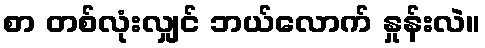
စာ တစ်လုံးလျှင် ဘယ်လောက် နှုန်းလဲ။